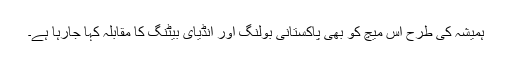
ہمیشہ کی طرح اس میچ کو بھی پاکستانی بولنگ اور انڈیای بیٹنگ کا مقابلہ کہا جارہا ہے۔